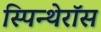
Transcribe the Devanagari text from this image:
स्पिन्थेरॉस